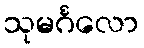
သုမင်္ဂလော